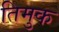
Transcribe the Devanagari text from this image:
तिमुक